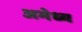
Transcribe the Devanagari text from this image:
अभेध्य